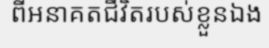
ពីអនាគតជីវិតរបស់ខ្លួនឯង